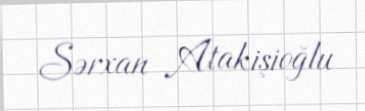
Sərxan Atakişioğlu